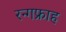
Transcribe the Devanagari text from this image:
रन्गफ्राह